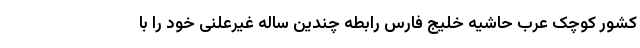
کشور کوچک عرب حاشیه خلیج فارس رابطه چندین ساله غیرعلنی خود را با